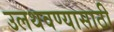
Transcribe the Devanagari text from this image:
उलथवण्यासाठी